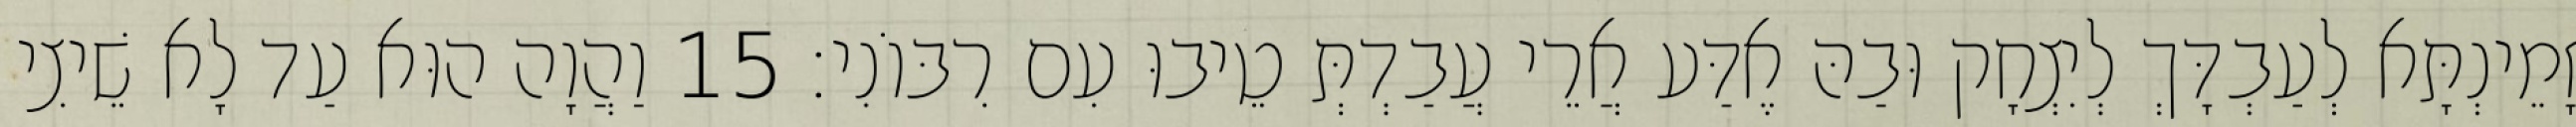
זָמֵינְתָּא לְעַבְדָּךְ לְיִצְחָק וּבַהּ אֶדַּע אֲרֵי עֲבַדְתְּ טֵיבוּ עִם רִבּוֹנִי׃ 15 וַהֲוָה הוּא עַד לָא שֵׁיצִי